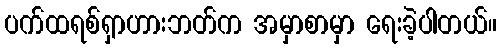
ပက်ထရစ်ရှာဟားဘတ်က အမှာစာမှာ ရေးခဲ့ပါတယ်။